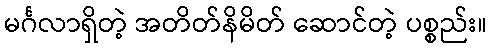
မင်္ဂလာရှိတဲ့ အတိတ်နိမိတ် ဆောင်တဲ့ ပစ္စည်း။